Vaccination in the Punjab 1867-1880 - 1867-1880
Year: 1867
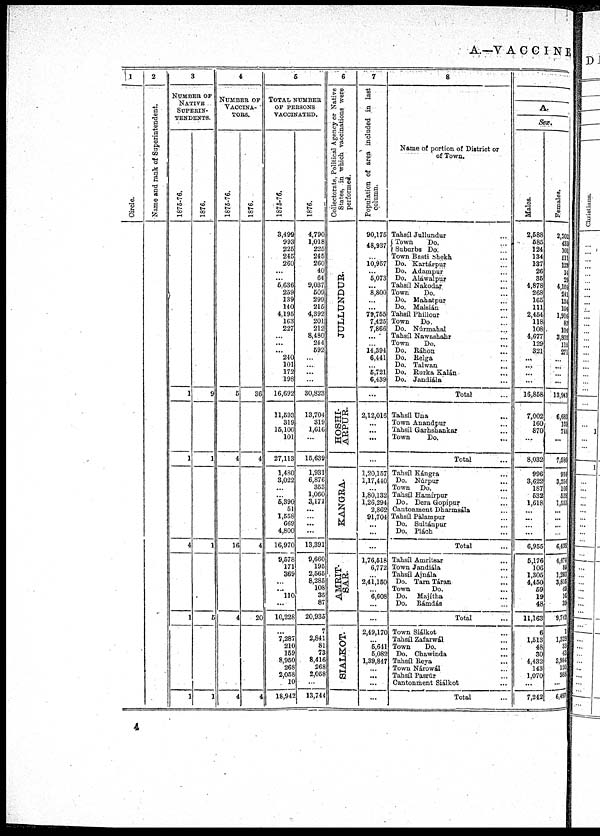
A —VACCINE
1
Circle.
2
Name and rank of Superintendent.
3
NUMBER OF
NATIVE
SUPERIN-
--------.
1875-76.
1
1
4
1
1
1876.
9
1
1
5
1
4
NUMBER OF
VACCINA¬
TORS.
1875-76.
5
4
16
4
4
1876.
36
4
4
20
4
5
TOTAL NUMBER
OF PERSONS
VACCINATED.
1875-76.
3,499
993
225
245
260
...
...
5,636
259
139
140
4,195
163
227
...
...
...
240
101
172
198
16,692
11,593
319
15,100
101
27,113
1,480
3,022
...
...
5,390
51
1,558
669
4,800
16,970
9,578
171
369
...
...
110
...
10,228
...
7,287
210
159
8,950
268
2,058
10
18,942
1876.
4,790
1,018
225
245
260
40
64
9,037
509
299
215
4,392
201
212
8,480
244
592
...
...
...
...
30,823
13,704
319
1,616
...
15,639
1,931
6,876
353
1,060
3,171
...
...
...
...
13,391
9,660
195
2,565
8,285
108
35
87
20,935
7
2,841
81
73
8,416
268
2,058
...
13,744
6
Collectorate, Political Agency or Native
States, in which vaccinations were
performed.
JULLUNDUR.
HOSHI¬
ARPUR.
KANGRA.
AMRIT¬
SAR.
SIALKOT.
7
Population of area included in last
column.
90,175
48,937
...
10,957
...
5,073
...
8,800
...
...
79,755
7,425
7,866
...
... 14,394
6,441
...
5,721
6,439
...
2,12,016
...
...
...
...
1,20,157
1,17,440
...
1,80,132
1,26,294
2,862
91,704
...
...
...
1,76,518
6,772
...
2,41,150
6,608
...
...
2,49,170
...
5,641
5,082
1,39,847
...
...
...
...
8
Name of portion of District or
of Town.
Tahsíl Jullundur ...
Town
Do. ...
Suburbs Do. ...
Town Basti Shekh ...
Do. Kartárpur ...
Do. Adampur ...
Do. Alawalpur ...
Tahsíl Nakodar ...
Town
Do. ...
Do.
Mahatpur ...
Do.
Malsián ...
Tahsíl Phillour ...
Town
Do. ...
Do.
Núrmahal ...
Tahsíl Nawashahr ...
Town
Do. ...
Do.
Ráhon ...
Do.
Relga ...
Do.
Talwan ...
Do.
Rurka Kalán ...
Do.
Jandiála ...
Total ...
Tahsíl Una ...
Town Anandpur ...
Tahsíl Garhshankar ...
Town
Do.
...
Total ...
Tahsíl Kángra ...
Do.
Núrpur ...
Town
Do. ...
Tahsíl Hamírpur ...
Do.
Dera Gopipur ...
Cantonment Dharmsála ...
Tahsíl Pálampur ...
Do.
Sultánpur ...
Do.
Plách ...
Total ...
Tahsíl Amritsar ...
Town Jandiála ...
Tahsíl Ajnála ...
Do.
Tarn Táran ...
Town
Do. ...
Do.
Majítha ...
Do.
Rámdás ...
Total ...
Town Siálkot ...
Tahsíl Zafarwál ...
Town
Do. ...
Do.
Chawinda ...
Tahsíl Reya ...
Town Nárowál ...
Tahsíl Pasrúr ...
Cantonment Siálkot ...
Total ...
A.
Sex.
Males.
2,588
585
124
134
137
26
35
4,878
268
165
111
2,454
118
108
4,677
129
321
...
...
...
...
16,858
7,002
160
870
...
8,032
996
3,622
187
532
1,618
...
...
...
...
6,955
5,176
106
1,305
4,450
59
19
48
11,163
6
1,513
48
30
4,432
143
1,070
...
7,242
Females.
2,202
433
101
111
123
14
29
4,159
241
134
104
1,916
83
104
3,803
115
271
...
...
...
...
13,943
6,683
159
744
...
7,586
934
3,254
166
528
1,553
...
...
...
...
6,435
4,474
89
1,260
3,815
49
16
39
9,742
1
1,328
33
43
3,984
120
988
...
6,497
4